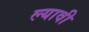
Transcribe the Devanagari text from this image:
ल्यावी